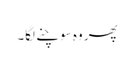
پھر وہ سوچنے لگا۔